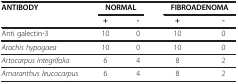
| <ROWSPAN=2> ANTIBODY | <COLSPAN=2> NORMAL | <COLSPAN=2> FIBROADENOMA |
 | + | - | + | - |
 | --- | --- | --- | --- | --- |
 | Anti galectin-3 | 10 | 0 | 10 | 0 |
 | Arachis hypogaea | 10 | 0 | 10 | 0 |
 | Artocarpus integrifolia | 6 | 4 | 8 | 2 |
 | Amaranthus leucocarpus | 6 | 4 | 8 | 2 |